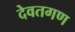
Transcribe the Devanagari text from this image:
देवतगण